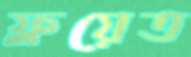
ফ্লয়েত